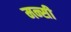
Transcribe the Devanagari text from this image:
मन्सी